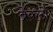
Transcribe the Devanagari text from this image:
ब्रैकटों